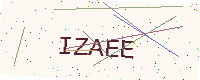
Text: IZAEE